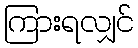
ကြားရလျှင်